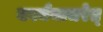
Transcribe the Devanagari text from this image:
कार्यमाचरेत्